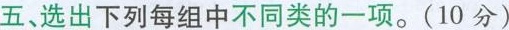
五、选出下列每组中不同类的一项.(10分)